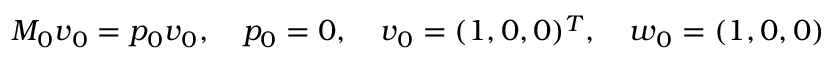
M _ { 0 } \boldsymbol { v } _ { 0 } = p _ { 0 } \boldsymbol { v } _ { 0 } , \quad p _ { 0 } = 0 , \quad \boldsymbol { v } _ { 0 } = ( 1 , 0 , 0 ) ^ { T } , \quad \boldsymbol { w } _ { 0 } = ( 1 , 0 , 0 )